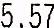
5.57